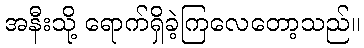
အနီးသို့ ရောက်ရှိခဲ့ကြလေတော့သည်။